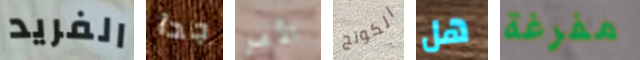
الفريد جدا الأمر الكونج هل مفرغة